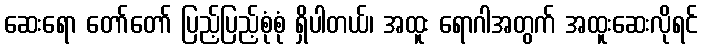
ဆေးရော တော်တော် ပြည့်ပြည့်စုံစုံ ရှိပါတယ်၊ အထူး ရောဂါအတွက် အထူးဆေးလိုရင်